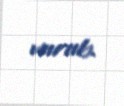
vurub.